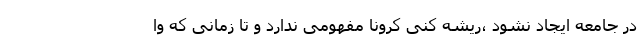
در جامعه ایجاد نشود ،ریشه کنی کرونا مفهومی ندارد و تا زمانی که وا